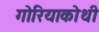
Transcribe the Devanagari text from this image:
गोरियाकोथी